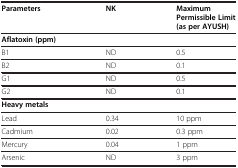
<table><thead><tr><td><b>Parameters</b></td><td><b>NK</b></td><td><b>Maximum Permissible Limit (as per AYUSH)</b></td></tr></thead><tbody><tr><td colspan="3"><b>Aflatoxin (ppm)</b></td></tr><tr><td>B1</td><td>ND</td><td>0.5</td></tr><tr><td>B2</td><td>ND</td><td>0.1</td></tr><tr><td>G1</td><td>ND</td><td>0.5</td></tr><tr><td>G2</td><td>ND</td><td>0.1</td></tr><tr><td><b>Heavy metals</b></td><td> </td><td> </td></tr><tr><td>Lead</td><td>0.34</td><td>10 ppm</td></tr><tr><td>Cadmium</td><td>0.02</td><td>0.3 ppm</td></tr><tr><td>Mercury</td><td>0.04</td><td>1 ppm</td></tr><tr><td>Arsenic</td><td>ND</td><td>3 ppm</td></tr></tbody></table>